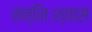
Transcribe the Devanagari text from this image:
तन्निःश्वास